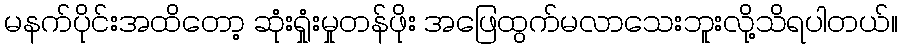
မနက်ပိုင်းအထိတော့ ဆုံးရှုံးမှုတန်ဖိုး အဖြေထွက်မလာသေးဘူးလို့သိရပါတယ်။